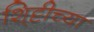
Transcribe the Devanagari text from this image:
शि्ट्टीच्या